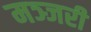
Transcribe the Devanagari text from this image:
मञ्जरी